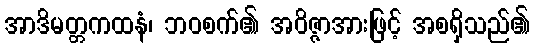
အာဒိမတ္တကထနံ၊ ဘဝစက်၏ အဝိဇ္ဇာအားဖြင့် အစရှိသည်၏